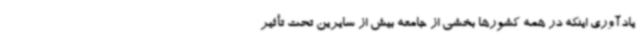
یادآوری اینکه در همه کشورها بخشی از جامعه بیش از سایرین تحت تأثیر